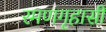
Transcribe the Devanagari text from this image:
रमणगृहासी